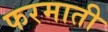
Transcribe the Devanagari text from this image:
फरमाती